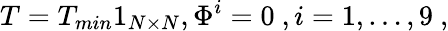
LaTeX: T=T_{min}1_{N\times N},\Phi^{i}=0\ ,i=1,\dots,9\ ,